Lunatic asylums Central Provinces reports 1886-1894 - 1886-1894
Year: 1886
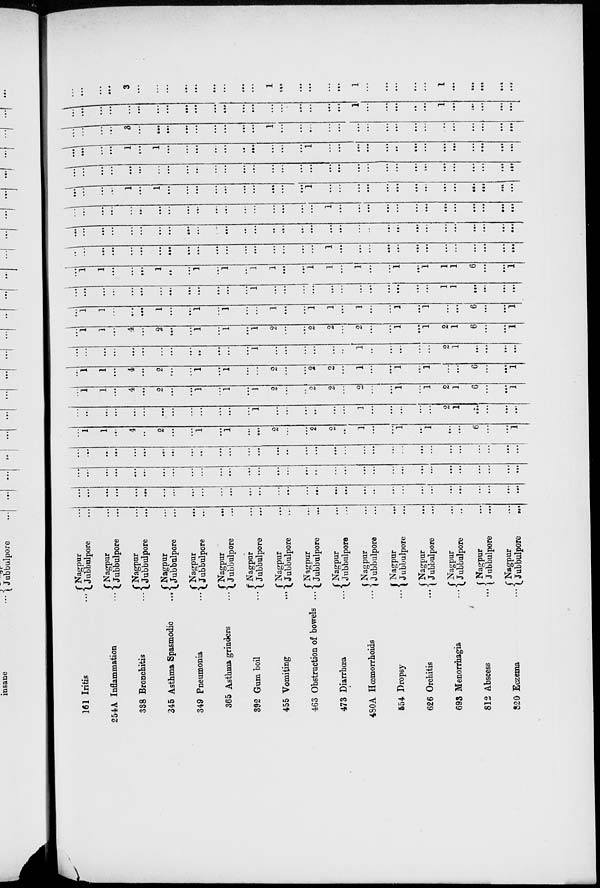
161 Iritis ...
254A Inflammation
...
338 Bronchitis
...
345 Asthma Spasmodic
...
349 Pneumonia
...
365 Asthma grinders
...
392 Gum boil
...
455 Vomiting
...
463 Obstruction of bowels
...
473 Diarrhœa
...
480A Hœmorrhoids
...
554 Dropsy
...
626 Orchitis
...
693 Menorrhagia
...
812 Abscess
...
820 Eczema
...
Nagpur ...
Jubbulpore ...
Nagpur ...
Jubbulpore ...
Nagpur ...
Jubbulpore ...
Nagpur ...
Jubbulpore ...
Nagpur ...
Jubbulpore ...
Nagpur
...
Jubbulpore ...
Nagpur ...
Jubbulpore ...
Nagpur ...
Jubbulpore ...
Nagpur ...
Jubbulpore ...
Nagpur ...
Jubbulpore ...
Nagpur ...
Jubbulpore ...
Nagpur ...
Jubbulpore ...
Nagpur ...
Jubbulpore ...
Nagpur ...
Jubbulpore ...
Nagpur ...
Jubbulpore ...
Nagpur ...
Jubbulpore ...
...
...
...
...
...
...
...
...
...
...
...
...
...
...
...
...
...
...
...
...
...
..
...
...
...
...
...
...
...
...
...
...
...
...
...
...
...
...
...
...
...
...
...
...
...
...
...
...
...
...
...
...
...
...
...
...
...
...
...
...
...
...
...
...
...
...
...
...
...
...
...
...
...
...
...
...
...
...
...
...
...
...
...
...
...
...
...
...
...
...
...
...
...
...
...
...
...
1
1
...
4
...
2
...
...
1
...
1
...
...
2
...
...
2
2
...
1
...
...
1
...
1
...
...
6
...
...
1
...
...
...
...
...
...
...
...
...
...
...
...
...
1
...
...
...
...
...
...
1
...
...
...
...
...
2
1
...
...
...
...
...
1
1
...
4
...
2
...
...
1
...
1
...
1
2
...
...
2
2
...
2
...
...
1
...
1
2
1
6
...
...
1
...
1
1
...
4
...
2
...
...
1
...
1
...
...
2
....
...
2
2
...
1
...
...
1
...
1
...
...
6
...
...
1
...
...
...
...
...
...
...
...
...
...
...
...
...
1
...
...
...
...
...
...
1
...
...
...
...
...
2
1
...
...
...
...
...
1
1
...
4
...
2
...
...
1
...
1
...
1
2
...
...
2
2
...
2
...
...
1
...
1
2
1
6
...
...
1
...
1
1
...
...
...
1
...
...
1
...
1
...
...
1
...
...
1
1
...
1
...
...
1
...
1
...
...
6
...
...
1
...
...
...
...
...
...
...
...
...
...
...
...
...
1
...
...
...
...
...
...
...
...
...
...
...
...
1
1
...
...
...
...
...
1
1
...
...
...
1
...
...
1
...
1
...
1
1
...
...
1
1
...
1
...
...
1
...
1
1
1
6
...
...
1
...
...
...
...
...
...
...
...
...
...
...
...
...
...
...
...
...
...
1
...
...
...
...
...
...
...
...
...
...
...
...
...
...
...
...
...
...
...
...
...
...
...
...
...
...
...
...
...
...
...
...
...
...
...
...
...
...
...
...
...
...
...
...
...
...
...
...
...
...
...
...
...
...
...
...
...
...
...
...
...
...
...
1
...
...
...
...
...
...
...
...
...
...
...
...
...
...
...
...
...
1
...
1
...
...
...
...
...
...
...
...
...
...
1
...
...
...
...
...
...
...
...
...
...
...
...
...
...
...
...
...
...
...
...
...
...
...
...
...
...
...
...
...
...
...
...
...
...
...
...
...
...
...
...
...
...
...
...
...
...
...
...
...
...
1
...
1
...
...
...
...
...
...
...
...
...
...
1
...
...
...
...
...
...
...
...
...
...
...
...
...
...
...
...
...
...
3
...
...
...
...
...
...
...
...
...
1
...
...
....
...
...
...
...
...
...
...
...
...
...
...
...
...
...
...
...
...
...
...
...
...
...
...
...
...
...
...
...
...
...
...
...
...
...
1
...
...
...
...
...
1
...
...
...
...
...
...
...
...
...
3
...
...
...
...
...
...
...
...
...
1
...
...
...
...
...
1
...
...
...
...
...
1
...
...
...
...
...